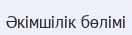
Әкімшілік бөлімі